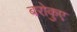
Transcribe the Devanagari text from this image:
बरोकुए